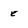
Character: e